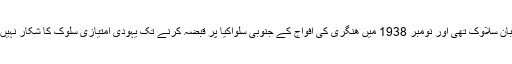
تعلیم کی زبان سلاوک تھی اور نومبر 1938 میں ھنگری کی افواج کے جنوبی سلواکیا پر قبضہ کرنے تک یہودی امتیازی سلوک کا شکار نہیں بنے تھے۔